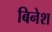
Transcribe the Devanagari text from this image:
बिनेश